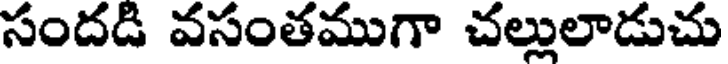
సందడి వసంతముగా చల్లులాడుచు